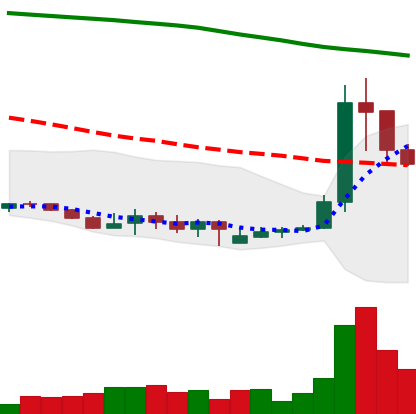
Ticker: XLM-USD
Chart end date: 2019-09-21
Forward return: -17.734%
Label: down_7plus